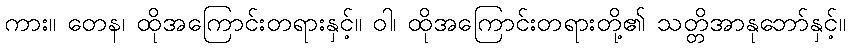
ကား။ တေန၊ ထိုအကြောင်းတရားနှင့်။ ဝါ၊ ထိုအကြောင်းတရားတို့၏ သတ္တိအာနုဘော်နှင့်။